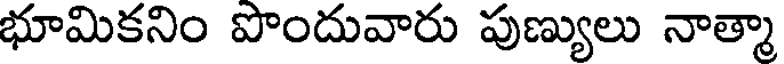
భూమికనిం పొందువారు పుణ్యులు నాత్మా